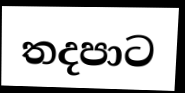
තදපාට